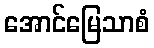
အောင်မြေသာစံ